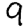
Digit: 9